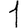
Digit: 1